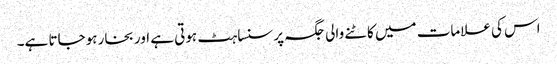
اس کی علامات میں کاٹنے والی جگہ پر سنساہٹ ہوتی ہے اور بخار ہوجاتا ہے۔